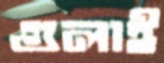
গুলাই